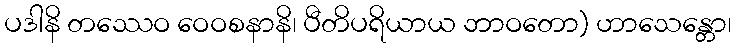
ပဒါနိ တဿေဝ ဝေဝစနာနိ၊ ပီတိပရိယာယ ဘာဝတော) ဟာသေန္တော၊